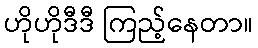
ဟိုဟိုဒီဒီ ကြည့်နေတာ။